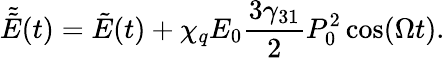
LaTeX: \tilde{\tilde{E}}(t)=\tilde{E}(t)+\chi_{q}E_{0}\frac{3\gamma_{31}}{2}P_{0}^{2}\cos(\Omega t).